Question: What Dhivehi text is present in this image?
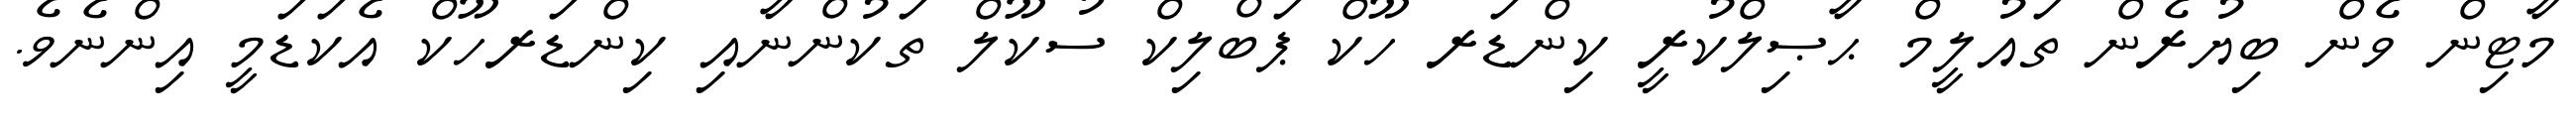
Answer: މާޓިން ވެން ބިޔުރެން ތައުލީމް ޙާޞިލްކުރީ ކިންޑަރ ހޫކް ޕަބްލިކް ސުކޫލް ތަކުންނާއި ކިންޑަރހޫކް އެކަޑަމީ އިންނެވެ.